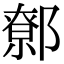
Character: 𨝷